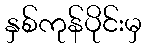
နှစ်ကုန်ပိုင်းမှ